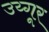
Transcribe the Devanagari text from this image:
उय्गूर